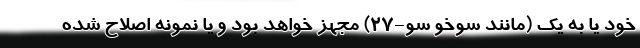
خود یا به یک (مانند سوخو سو-27) مجهز خواهد بود و یا نمونه اصلاح شده